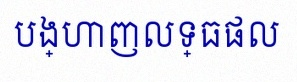
បង្ហាញលទ្ធផល